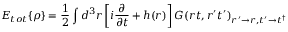
E _ { t o t } \{ \rho \} = \frac 1 2 \int d ^ { 3 } r \left[ i \frac { \partial } { \partial t } + h ( r ) \right] G ( r t , r ^ { \prime } t ^ { \prime } ) _ { r ^ { \prime } \to r , t ^ { \prime } \to t ^ { \dag } }